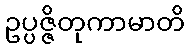
ဥပ္ပဇ္ဇိတုကာမာတိ